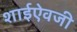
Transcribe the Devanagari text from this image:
शाईऐवजी